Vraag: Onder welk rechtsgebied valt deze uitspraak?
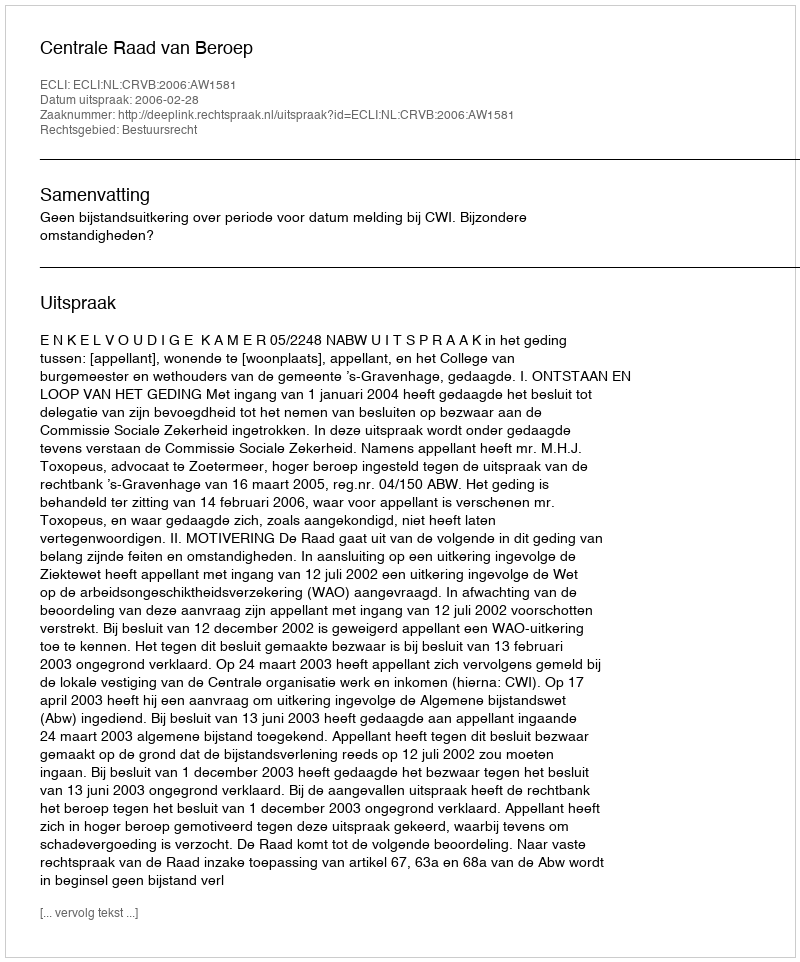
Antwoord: Bestuursrecht